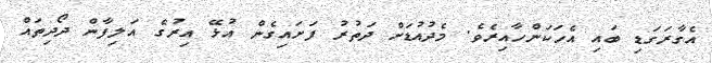
އެގާރަގަޑި ބައި އެހަކަންހާއިރެވެ. މެދުއުޑަށް ދަތުރު ފަށައިގެން އުޅޭ އިރުގެ އަލިފާން ދޯދިތައް